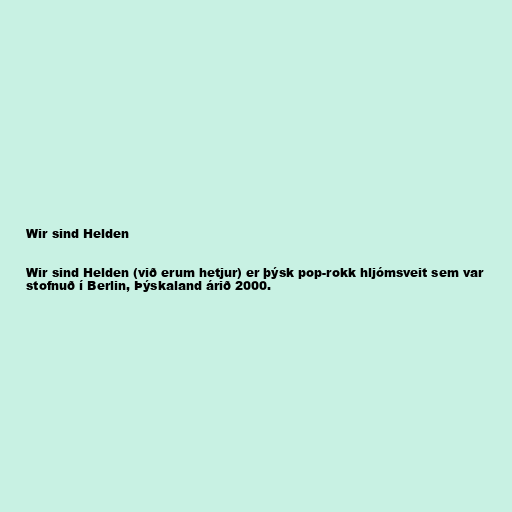
Wir sind Helden

Wir sind Helden (við erum hetjur) er þýsk pop-rokk hljómsveit sem var
stofnuð í Berlin, Þýskaland árið 2000.